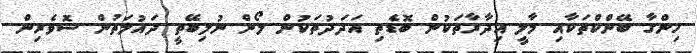
ހިންގާ ބޭންކްތަކާއި މާލީ އިދާރާތަކުން ބޮޑެތި އަދަދުތަކުން ލޯން ނުލިބޭތީ ދައުލަތުން ސޮވެރިން